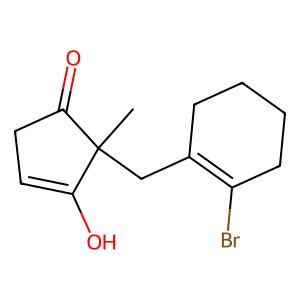
SMILES: CC1(CC2=C(Br)CCCC2)C(=O)CC=C1O
Inhibits HIV replication: No